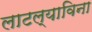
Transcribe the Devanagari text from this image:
लाटल्याविना